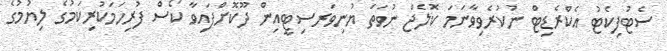
ސެޓުފިކެޓު އެކްރެޑިޓް ނުކުރެވިވާނަމަ ކޮލެޖް ނުވަތަ ޔުނިވަރސިޓީއިން ދޫކޮށްފައިވާ ކޯސް ފުރިހަމަކުރިކަމުގެ ލިޔުމުގެ